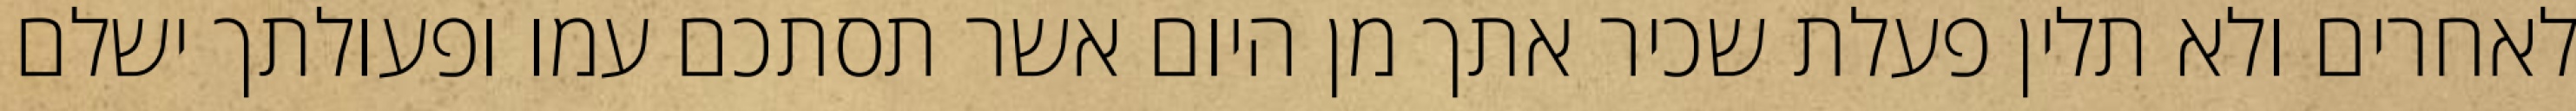
לאחרים ולא תלין פעלת שכיר אתך מן היום אשר תסתכם עמו ופעולתך ישלם